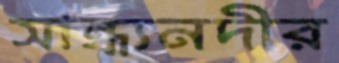
সান্ধ্যনদীর